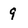
Character: 9